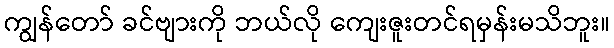
ကျွန်တော် ခင်ဗျားကို ဘယ်လို ကျေးဇူးတင်ရမှန်းမသိဘူး။